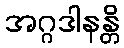
အဂ္ဂဒါနန္တိ